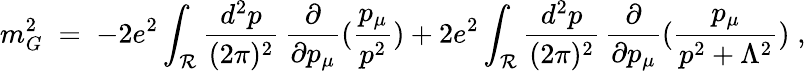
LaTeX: m_{G}^{2}\; =\; -2e^{2}\int_{{\mathcal R}}\frac{d^{2}p}{(2\pi)^{2}}\, \frac{\partial}{\partial p_{\mu}}(\frac{p_{\mu}}{p^{2}})+2e^{2}\int_{{\mathcal R}}\frac{d^{2}p}{(2\pi)^{2}}\, \frac{\partial}{\partial p_{\mu}}(\frac{p_{\mu}}{p^{2}+\Lambda^{2}})\; ,